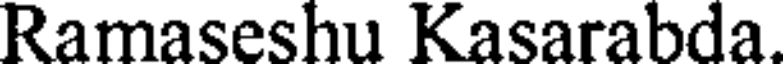
Ramaseshu Kasarabda.